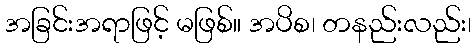
အခြင်းအရာဖြင့် မဖြစ်။ အပိစ၊ တနည်းလည်း၊